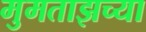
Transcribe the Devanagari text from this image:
मुमताझच्या